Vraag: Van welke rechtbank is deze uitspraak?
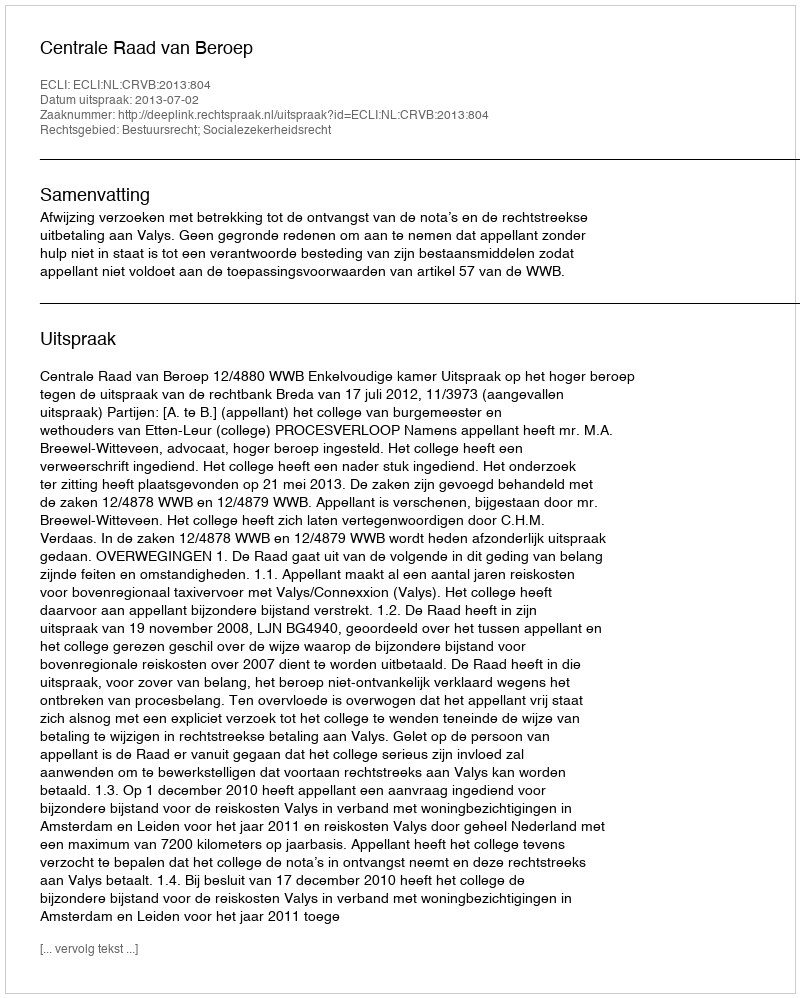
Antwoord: Centrale Raad van Beroep